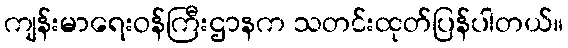
ကျန်းမာရေးဝန်ကြီးဌာနက သတင်းထုတ်ပြန်ပါတယ်။